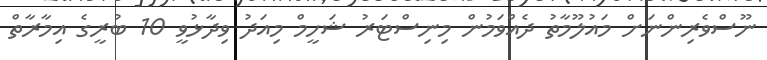
ނޫސްވެރިންނަށް މައުލޫމާތު ދެއްވަމުން މިނިސްޓަރު ޝަހީމް މިއަދު ވިދާޅުވީ 10 ބުރީގެ އިމާރާތް